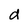
Character: d